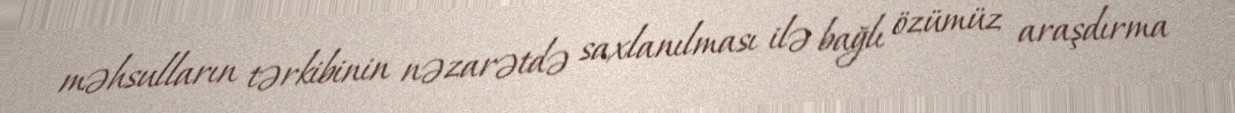
məhsulların tərkibinin nəzarətdə saxlanılması ilə bağlı özümüz araşdırma